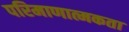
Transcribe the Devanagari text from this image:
परिमाणात्मकता